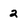
Character: 2